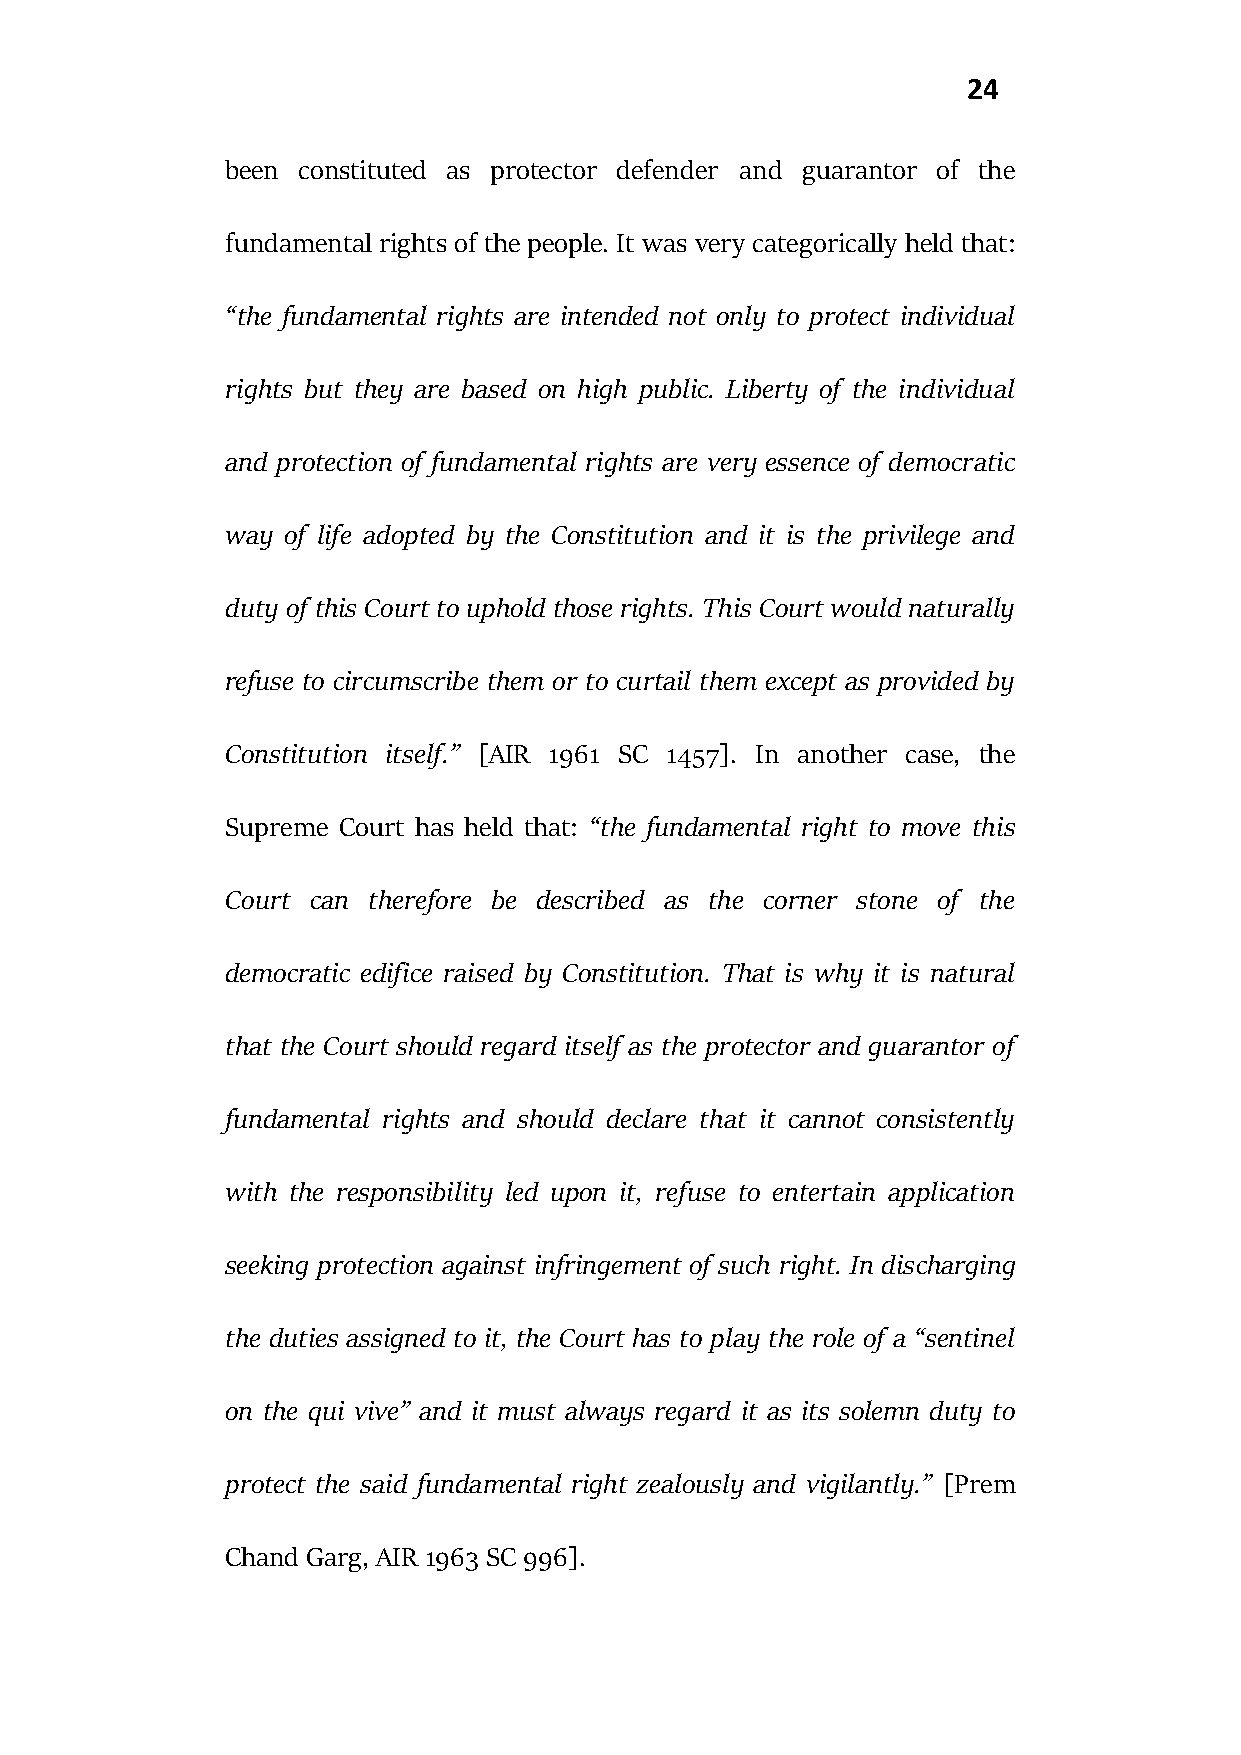
24
 been constituted as protector defender and guarantor of the
 fundamental rights of the people. It was very categorically held that:
 “the fundamental rights are intended not only to protect individual
 rights but they are based on high public. Liberty of the individual
 and protection of fundamental rights are very essence of democratic
 way of life adopted by the Constitution and it is the privilege and
 duty of this Court to uphold those rights. This Court would naturally
 refuse to circumscribe them or to curtail them except as provided by
 Constitution itself.” [AIR 1961 SC 1457]. In another case, the
 Supreme Court has held that: “the fundamental right to move this
 Court can therefore be described as the corner stone of the
 democratic edifice raised by Constitution. That is why it is natural
 that the Court should regard itself as the protector and guarantor of
 fundamental rights and should declare that it cannot consistently
 with the responsibility led upon it, refuse to entertain application
 seeking protection against infringement of such right. In discharging
 the duties assigned to it, the Court has to play the role of a “sentinel
 on the qui vive” and it must always regard it as its solemn duty to
 protect the said fundamental right zealously and vigilantly.” [Prem
 Chand Garg, AIR 1963 SC 996].